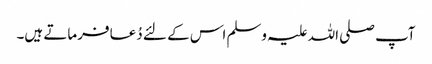
آپ صلی اللہ علیہ وسلم اس کے لئے دُعا فرماتے ہیں۔